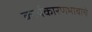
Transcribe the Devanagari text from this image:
कार्यकारणभावाचे